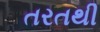
તરતથી